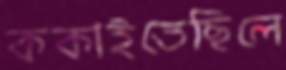
ককাইতেছিলে